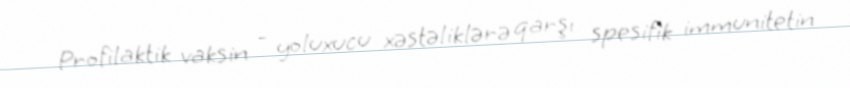
Profilaktik vaksin - yoluxucu xəstəliklərə qarşı spesifik immunitetin